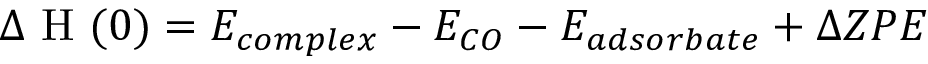
\Delta \mathrm { ~ H ~ } ( 0 ) = E _ { c o m p l e x } - E _ { C O } - E _ { a d s o r b a t e } + \Delta Z P E